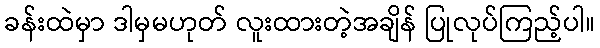
ခန်းထဲမှာ ဒါမှမဟုတ် လူးထားတဲ့အချိန် ပြုလုပ်ကြည့်ပါ။